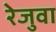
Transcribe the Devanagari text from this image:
रेजुवा